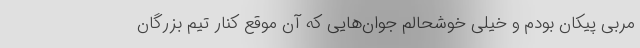
مربی پیکان بودم و خیلی خوشحالم جوان‌هایی که آن موقع کنار تیم بزرگان